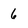
Character: 6